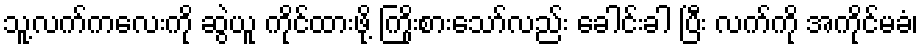
သူ့လက်ကလေးကို ဆွဲယူ ကိုင်ထားဖို့ ကြိုးစားသော်လည်း ခေါင်းခါ ပြီး လက်ကို အကိုင်မခံ၊